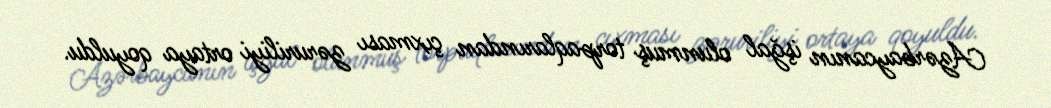
Azərbaycanın işğal olunmuş torpaqlarından çıxması zəruriliyi ortaya qoyuldu.